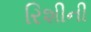
રિશીની